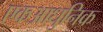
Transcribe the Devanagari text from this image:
एकआधुनिक